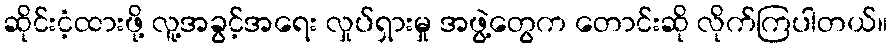
ဆိုင်းငံ့ထားဖို့ လူ့အခွင့်အရေး လှုပ်ရှားမှု အဖွဲ့တွေက တောင်းဆို လိုက်ကြပါတယ်။